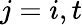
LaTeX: j=i,t